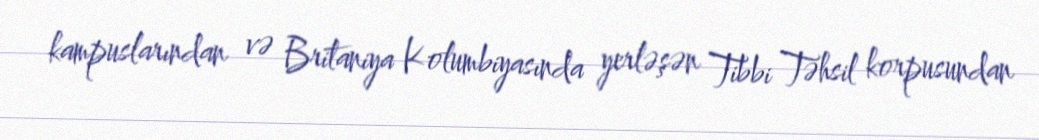
kampuslarından və Britaniya Kolumbiyasında yerləşən Tibbi Təhsil korpusundan